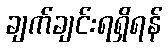
ချက်ချင်းရရှိရန်